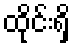
ထိုင်းရှိ